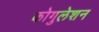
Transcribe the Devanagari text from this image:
कोगुलेशन